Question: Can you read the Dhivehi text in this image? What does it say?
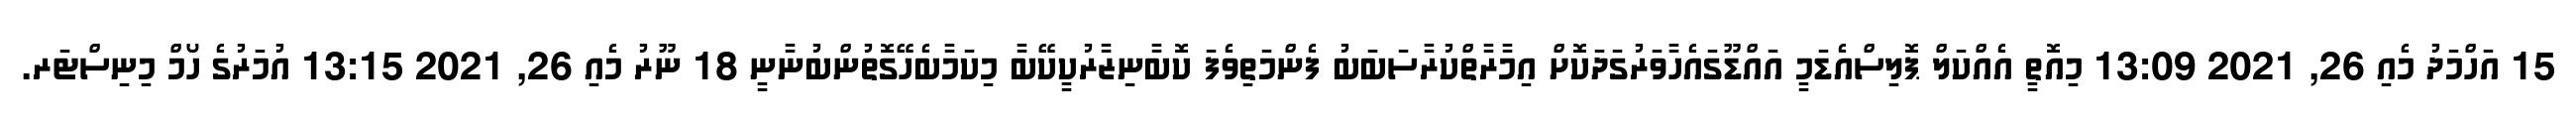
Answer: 15 އަހްމަދު މެއި 26, 2021 13:09 މިއޮތީ އެއްކަލް ޕޮލިސްއެޑަމީ އައްޑޫގައެހާވަރުގަދަކޮށް އިމާރާތްކުރާސަބަބު ފެންމަތިވެފަ ކޮބާނިޒާރުކީކޭބާ މިކަމާބެހޭގޮތުންބުނާނީ 18 ނޫރު މެއި 26, 2021 13:15 އުމަރުގެ ހޯމް މިނިސްޓަރ.